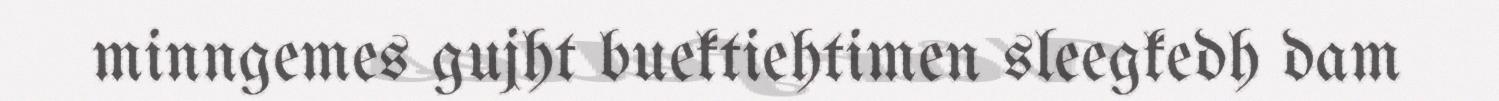
minngemes gujht buektiehtimen sleegkedh dam